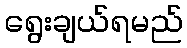
ရွေးချယ်ရမည်